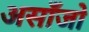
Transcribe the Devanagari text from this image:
असाँजो